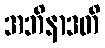
အဘိနာဒတိ